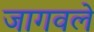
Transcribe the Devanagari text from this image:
जागवले